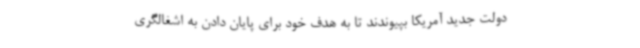
دولت جدید آمریکا بپیوندند تا به هدف خود برای پایان دادن به اشغالگری